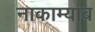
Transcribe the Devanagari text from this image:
नाकाम्याब